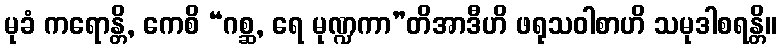
မုခံ ကရောန္တိ, ကေစိ “ဂစ္ဆ, ရေ မုဏ္ဍကာ”တိအာဒီဟိ ဖရုသဝါစာဟိ သမုဒါစရန္တိ။